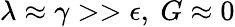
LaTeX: \lambda\approx\gamma>>\epsilon,\ G\approx 0